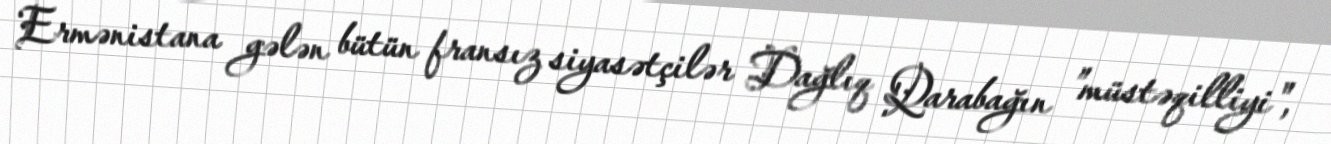
Ermənistana gələn bütün fransız siyasətçilər Dağlıq Qarabağın ”müstəqilliyi",